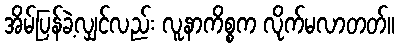
အိမ်ပြန်ခဲ့လျှင်လည်း လူနာကိစ္စက လိုက်မလာတတ်။